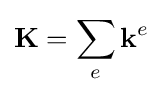
\mathbf {K} =\sum _{e}\mathbf {k} ^{e}